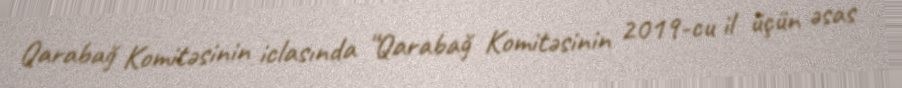
Qarabağ Komitəsinin iclasında “Qarabağ Komitəsinin 2019-cu il üçün əsas